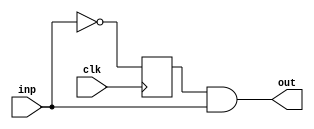
// posedge
module rising (
    input inp,
    input clk,
    output wire out
);
    reg delay;
    wire inv;
    always @(posedge clk) begin
        delay<= ~inp;
    end
    assign out= delay & inp;
endmodule
// negedge
module falling (
    input inp,
    input clk,
    output wire out
);
    reg delay;
    wire inv;
    always @(posedge clk) begin
        delay<= inp;
    end
    not a1(inv,inp);
    assign out= inv & delay;
endmodule
module bothedge (
    input inp,
    input clk,
    output wire out
);
    reg delay;
    always @(posedge clk) begin
        delay<= inp;
    end
    assign out=inp^delay;
endmodule